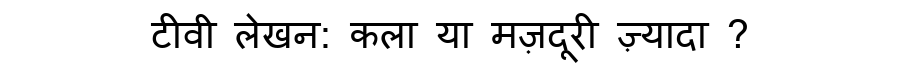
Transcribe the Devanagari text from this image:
टीवी लेखन: कला या मज़दूरी ज़्यादा ?